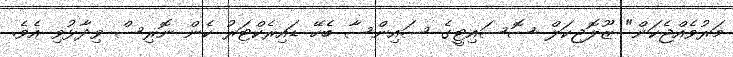
މަރުވެއްޖެކަން" ޒޫލޮޖިކަލް ސޮސައިޓީގެ ސައިންސާ ބެހޭ ޑައިރެކްޓަރު ކެން ނޮރިސް ވިދާޅުވި އެވެ.